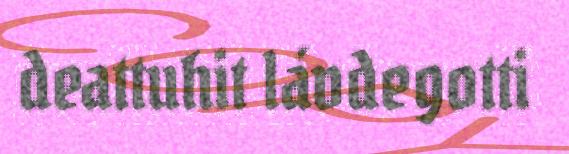
deattuhit lávdegotti